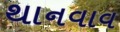
થાનવાવ